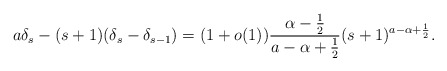
\begin{align*} a \delta_s - (s+1)(\delta_s-\delta_{s-1})=(1+o(1))\frac{\alpha-\frac{1}{2}}{a-\alpha+\frac{1}{2}}(s+1)^{a - \alpha + \frac{1}{2}}.\end{align*}